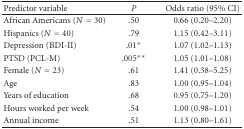
<table><thead><tr><td><b>Predictor variable</b></td><td><b><i>P</i></b></td><td><b>Odds ratio (95% CI)</b></td></tr></thead><tbody><tr><td>African Americans (<i>N</i> = 30)</td><td>.50</td><td>0.66 (0.20–2.20)</td></tr><tr><td>Hispanics (<i>N</i> = 40)</td><td>.79</td><td>1.15 (0.42–3.11)</td></tr><tr><td>Depression (BDI-II)</td><td>.01*</td><td>1.07 (1.02–1.13)</td></tr><tr><td>PTSD (PCL-M)</td><td>.005**</td><td>1.05 (1.01–1.08)</td></tr><tr><td>Female (<i>N</i> = 23)</td><td>.61</td><td>1.41 (0.38–5.25)</td></tr><tr><td>Age</td><td>.83</td><td>1.00 (0.95–1.04)</td></tr><tr><td>Years of education</td><td>.68</td><td>0.95 (0.75–1.20)</td></tr><tr><td>Hours worked per week</td><td>.54</td><td>1.00 (0.98–1.01)</td></tr><tr><td>Annual income</td><td>.51</td><td>1.13 (0.80–1.61)</td></tr></tbody></table>